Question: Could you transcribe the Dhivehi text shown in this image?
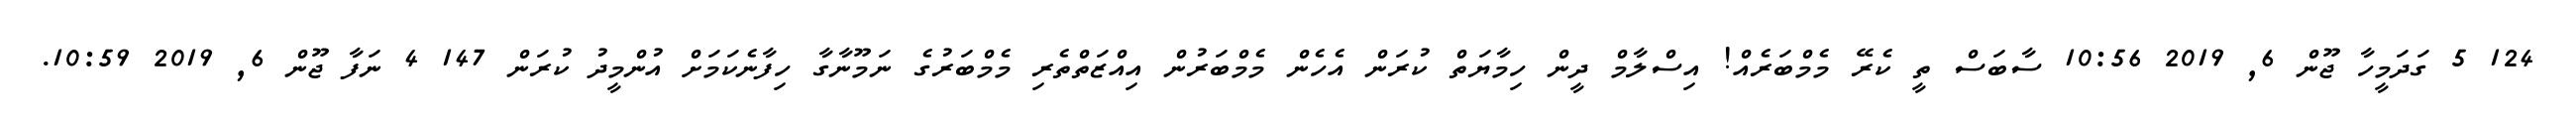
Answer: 124 5 ގަދަމީހާ ޖޫން 6, 2019 10:56 ސާބަސް ތީ ކެރޭ މެމްބަރެއް! އިސްލާމް ދީން ހިމާޔަތް ކުރަން އެހެން މެމްބަރުން އިއްޒަތްތެރި މެމްބަރުގެ ނަމޫނާގާ ހިފާނެކަމަށް އުންމީދު ކުރަން 147 4 ނަފާ ޖޫން 6, 2019 10:59.